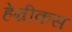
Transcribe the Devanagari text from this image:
हेन्रीकस